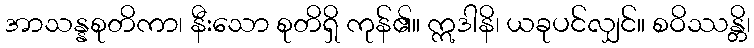
အာသန္နစုတိကာ၊ နီးသော စုတိရှိ ကုန်၏။ ဣဒါနိ၊ ယခုပင်လျှင်။ စဝိဿန္တိ၊